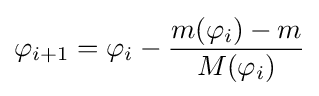
\varphi _{i+1}=\varphi _{i}-{\frac {m(\varphi _{i})-m}{M(\varphi _{i})}}